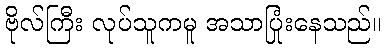
ဗိုလ်ကြီး လုပ်သူကမူ အသာပြုံးနေသည်။